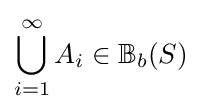
\bigcup _{i=1}^{\infty }A_{i}\in \mathbb {B} _{b}(S)